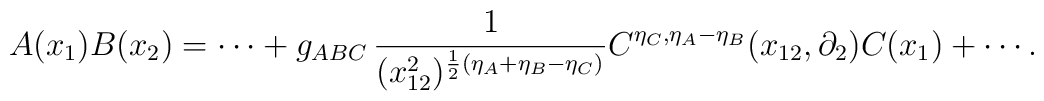
A(x_{1})B(x_{2})=\cdots+g_{ABC}\,\frac{1}{(x_{12}^{2})^{\frac{1}{2}(\eta_{A}+\eta_{B}-\eta_{C})}}C^{\eta_{C},\eta_{A}-\eta_{B}}(x_{12},\partial_{2})C(x_{1})+\cdots{}.